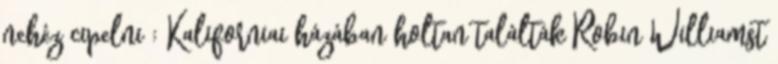
nehéz cipelni : Kaliforniai házában holtan találták Robin Williamst